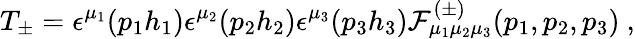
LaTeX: T_{\pm}=\epsilon^{\mu_{1}}(p_{1}h_{1})\epsilon^{\mu_{2}}(p_{2}h_{2})\epsilon^{\mu_{3}}(p_{3}h_{3}){\cal F}_{\mu_{1}\mu_{2}\mu_{3}}^{(\pm)}(p_{1},p_{2},p_{3})\ ,